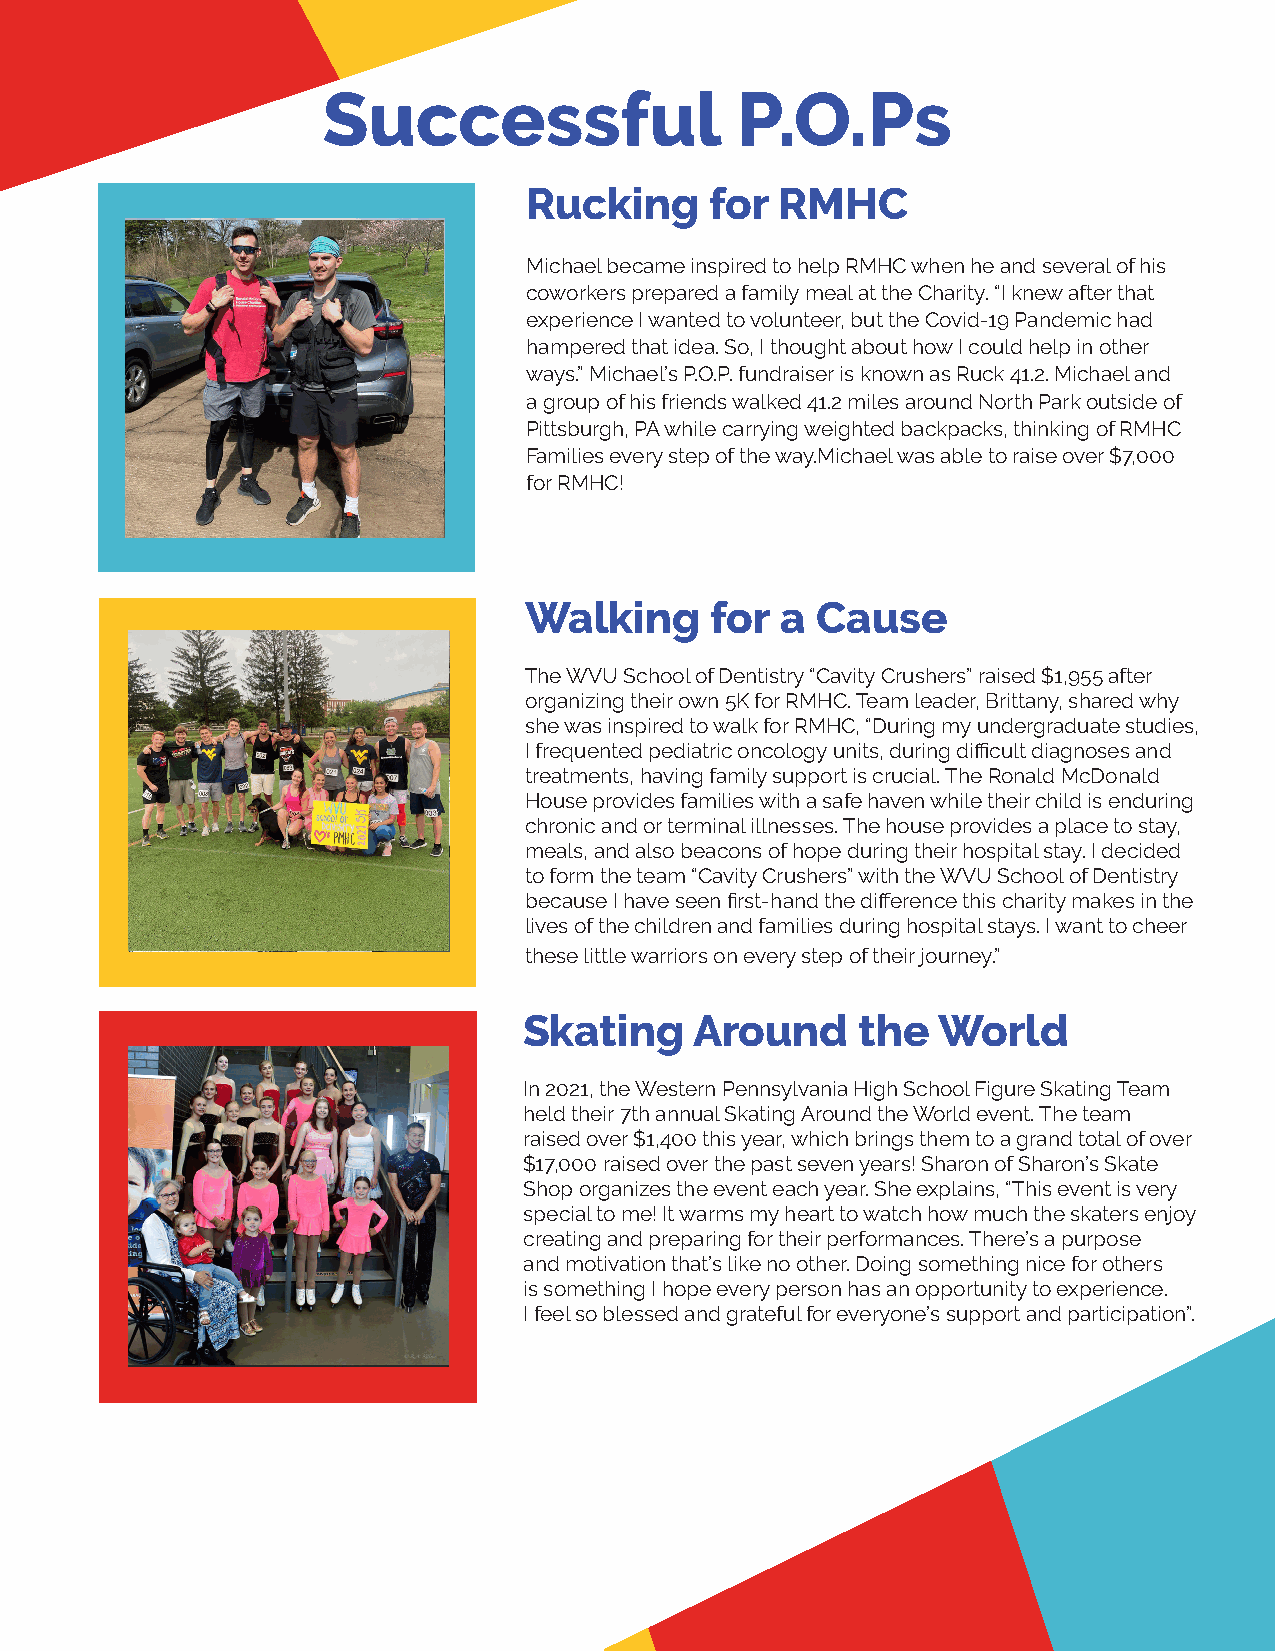
Successful                  P.O.Ps
 Rucking     for  RMHC
 Michael became inspired to help RMHC when he and several of his
 coworkers prepared a family meal at the Charity. “I knew after that
 experience I wanted to volunteer, but the Covid-19 Pandemic had
 hampered that idea. So, I thought about how I could help in other
 ways.” Michael’s P.O.P. fundraiser is known as Ruck 41.2. Michael and
 a group of his friends walked 41.2 miles around North Park outside of
 Pittsburgh, PA while carrying weighted backpacks, thinking of RMHC
 Families every step of the way.Michael was able to raise over $7,000
 for RMHC!
 Walking     for  a Cause
 The WVU School of Dentistry “Cavity Crushers” raised $1,955 after
 organizing their own 5K for RMHC. 💛💛Teamleader,Brittany,sharedwhy
 she was inspired to walk for RMHC, “During my undergraduate studies,
 I frequented pediatric oncology units, during difficult diagnoses and
 treatments, having family support is crucial. The Ronald McDonald
 House provides families with a safe haven while their child is enduring
 chronic and or terminal illnesses. The house provides a place to stay,
 meals, and also beacons of hope during their hospital stay. I decided
 to form the team “Cavity Crushers” with the WVU School of Dentistry
 because I have seen first-hand the difference this charity makes in the
 lives of the children and families during hospital stays. I want to cheer
 these little warriors on every step of their journey.”
 Skating    Around     the  World
 In 2021, the Western Pennsylvania High School Figure Skating Team
 held their 7th annual Skating Around the World event. The team
 raised over $1,400 this year, which brings them to a grand total of over
 $17,000 raised over the past seven years! Sharon of Sharon’s Skate
 Shop organizes the event each year. She explains, “This event is very
 special to me! It warms my heart to watch how much the skaters enjoy
 creating and preparing for their performances. There’s a purpose
 and motivation that’s like no other. Doing something nice for others
 is something I hope every person has an opportunity to experience.
 I feel so blessed and grateful for everyone’s support and participation”.